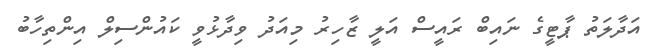
އަދާލަތު ޕާޓީގެ ނައިބް ރައީސް އަލީ ޒާހިރު މިއަދު ވިދާޅުވީ ކައުންސިލް އިންތިހާބު